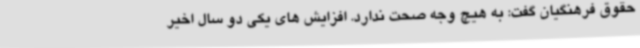
حقوق فرهنگیان گفت: به هیچ وجه صحت ندارد. افزایش های یکی دو سال اخیر